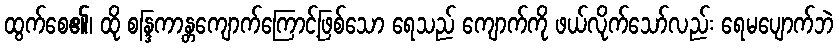
ထွက်စေ၏၊ ထို စန္ဒြကာန္တကျောက်ကြောင့်ဖြစ်သော ရေသည် ကျောက်ကို ဖယ်လိုက်သော်လည်း ရေမပျောက်ဘဲ